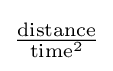
{\tfrac {\text{distance}}{{\text{time}}^{2}}}